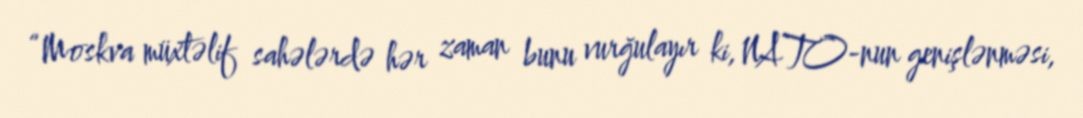
“Moskva müxtəlif sahələrdə hər zaman bunu vurğulayır ki, NATO-nun genişlənməsi,